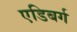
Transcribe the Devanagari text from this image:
एडिबर्ग